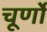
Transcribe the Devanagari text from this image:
चूर्णो